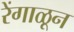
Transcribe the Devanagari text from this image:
रेंगाळून